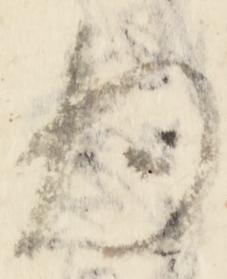
為